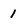
Character: 1